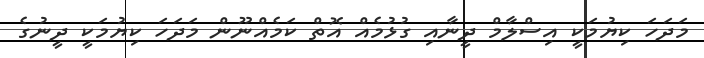
މަދަހަ ކިޔުމަކީ އިސްލާމް ދީނާއި ގުޅުމެއް އޮތް ކަމެއްނޫން މަދަހަ ކިޔުމަކީ ދީނުގެ